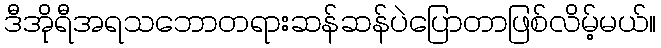
ဒီအိုရီအရသဘောတရားဆန်ဆန်ပဲပြောတာဖြစ်လိမ့်မယ်။